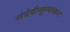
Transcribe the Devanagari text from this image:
संवेदीमूल्यांकन